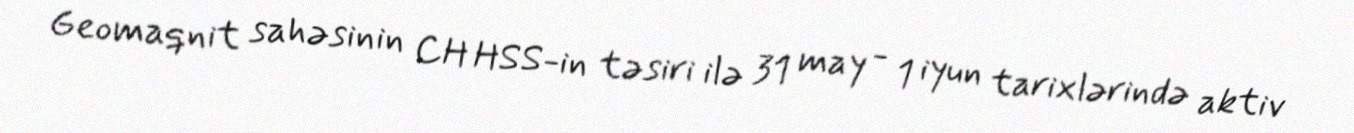
Geomaqnit sahəsinin CH HSS-in təsiri ilə 31 may - 1 iyun tarixlərində aktiv